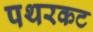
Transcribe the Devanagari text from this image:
पथरकट